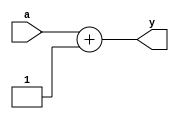
/* Reiner Dizon
 * Simple 8-bit microprocessor (MP-8)
 * Incrementer Module
 */
module incrementer (input [4:0] a, output [4:0] y);
	assign y = a + 1; // takes 5-bit input and adds 1, used for PC
endmodule